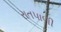
રાતપાળી